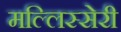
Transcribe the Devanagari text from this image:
मल्लिस्सेरी